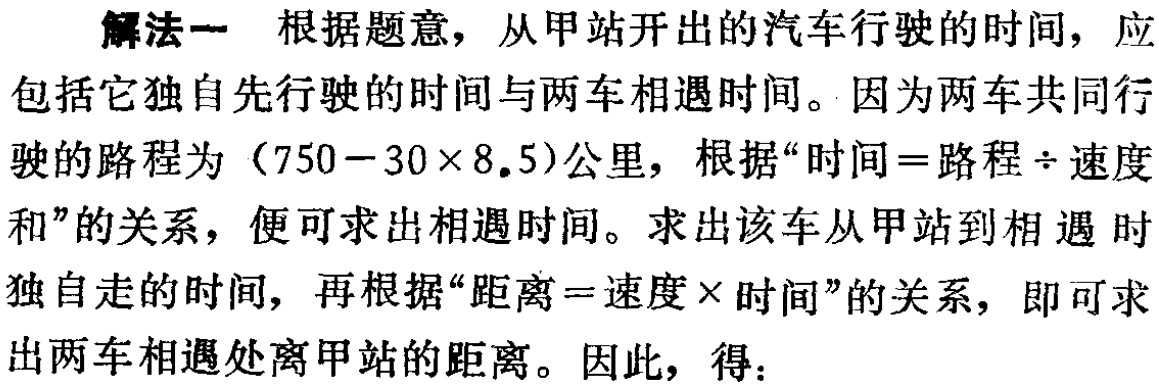
解法一 根据题意，从甲站开出的汽车行驶的时间，应包括它独自先行驶的时间与两车相遇时间。因为两车共同行驶的路程为\((750 - 30\times8.5)\)公里，根据“时间 = 路程÷速度和”的关系，便可求出相遇时间。求出该车从甲站到相遇时独自走的时间，再根据“距离 = 速度×时间”的关系，即可求出两车相遇处离甲站的距离。因此，得：